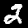
Label: 2